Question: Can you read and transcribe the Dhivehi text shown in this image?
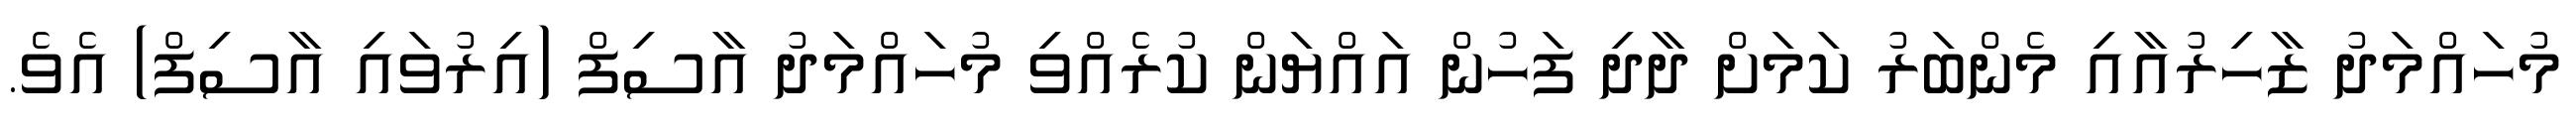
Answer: މުހައްމަދު ޒާހިރުއާއި މެންބަރު ކަމަށް ދާދި ފަހުން އައްޔަން ކުރެއްވި މުހައްމަދު އާސިފް (އިރުވައި އާސިފް) އެވެ.